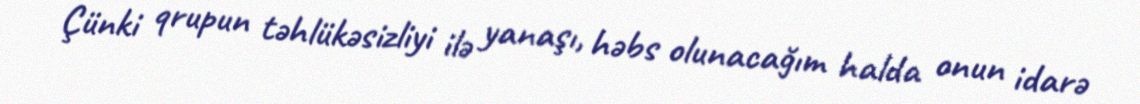
Çünki qrupun təhlükəsizliyi ilə yanaşı, həbs olunacağım halda onun idarə